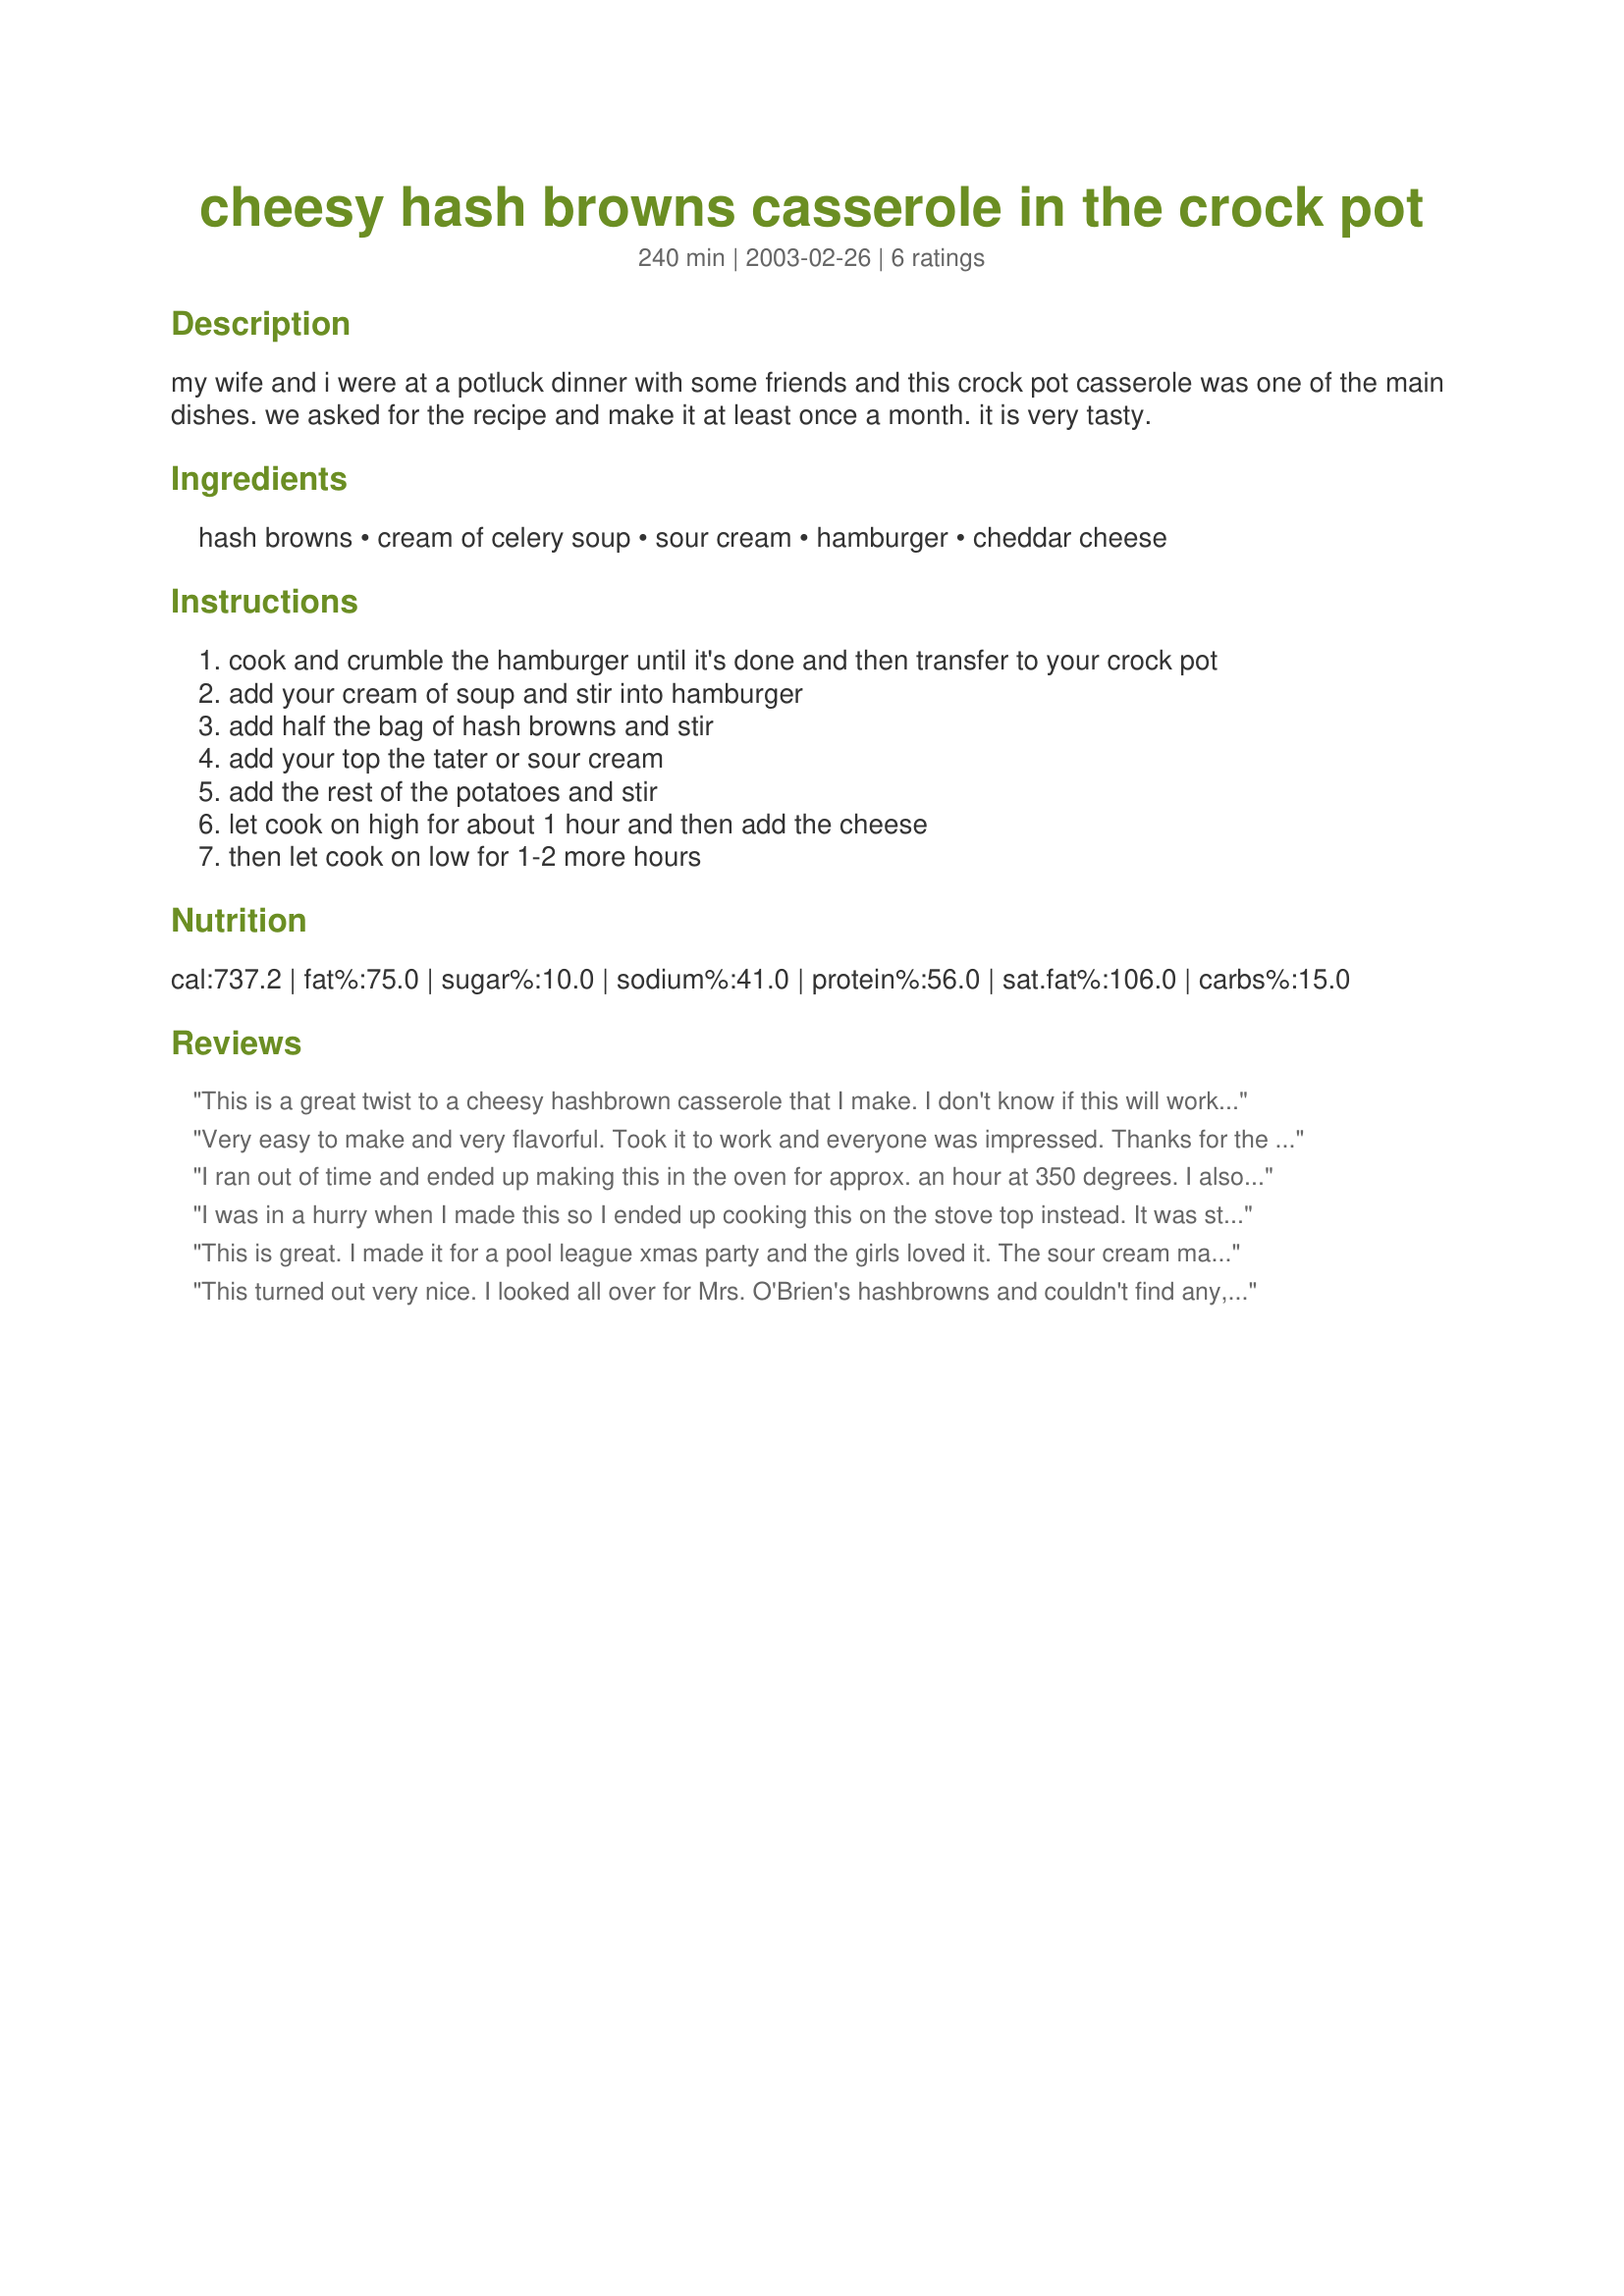
cheesy hash browns casserole in the crock pot
Preparation time: 240 minutes

my wife and i were at a potluck dinner with some friends and this crock pot casserole was one of the main dishes. we asked for the recipe and make it at least once a month. it is very tasty.

Ingredients:
hash browns, cream of celery soup, sour cream, hamburger, cheddar cheese

Steps:
cook and crumble the hamburger until it's done and then transfer to your crock pot
add your cream of soup and stir into hamburger
add half the bag of hash browns and stir
add your top the tater or sour cream
add the rest of the potatoes and stir
let cook on high for about 1 hour and then add the cheese
then let cook on low for 1-2 more hours

Reviews:
This is a great twist to a cheesy hashbrown casserole that I make.
I don't know if this will work for others, but I choose to make it in the oven. I thawed the hashbrowns and placed them on the bottom of the pan. Then I added the hamburger on top, mixing slightly into the potatoes. Next, I mixed the sour cream, soup and cheese. I added 1 cup milk to this mixture. Then I poured that over the top of the potatos and meat and baked for 1 hour at 350*. 
The kids loved this!
Thanks for a great idea!
KCShell
Very easy to make and very flavorful. Took it to work and everyone was impressed. Thanks for the recipe.
I ran out of time and ended up making this in the oven for approx. an hour at 350 degrees. I also misread the recipe and added the cheese with the other ingredients but came out just fine. Wasn't anything spectacular, but the family gobbled it up anyway and didn't leave any leftovers!
I was in a hurry when I made this so I ended up cooking this on the stove top instead. It was still easy to make and turned out very good. Next time though I believe I'm going to add some chicken broth because it was somewhat too thick for us. Otherwise it was a good recipe.
This is great. I made it for a pool league xmas party and the girls loved it. The sour cream makes it taste like stroganoff. I will definitely make this casserole again!
This turned out very nice. I looked all over for Mrs. O'Brien's hashbrowns and couldn't find any, but found a different brands that said they were O'Brien hashbrowns with onions and peppers in it. I used that and the cream of chicken soup. Very easy recipe with delicious results. Thanks for a keeper!!!
